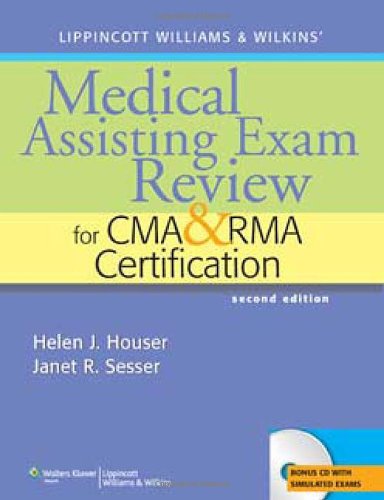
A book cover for Lippincott Williams & Wilkins' Medical Assisting Exam Review for CMA and RMA Certification; Helen J. Houser RN  MSHA; Medical Books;